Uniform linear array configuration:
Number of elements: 64
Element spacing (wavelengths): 0.75
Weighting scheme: hann
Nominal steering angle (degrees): -45
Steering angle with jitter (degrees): -44.331
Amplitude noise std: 0.05
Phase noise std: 0.05

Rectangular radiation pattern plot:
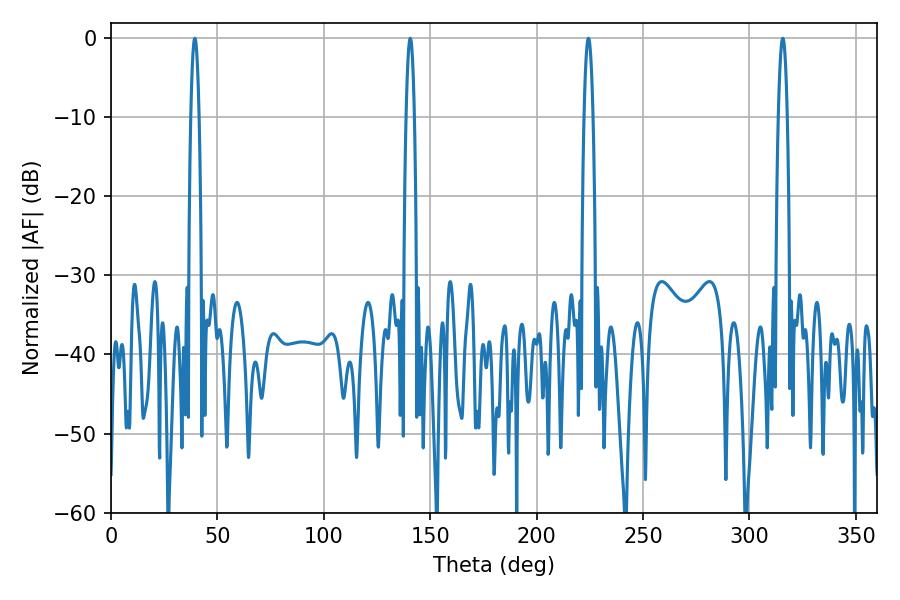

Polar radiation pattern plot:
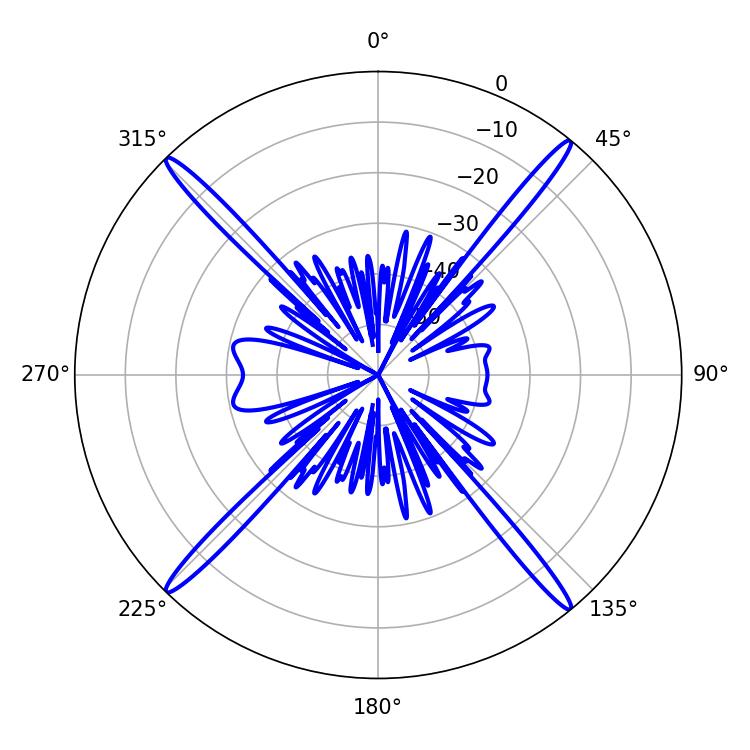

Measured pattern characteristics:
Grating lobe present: TRUE
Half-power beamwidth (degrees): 2.16
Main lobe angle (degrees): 140.58